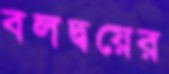
বলদ্বয়ের